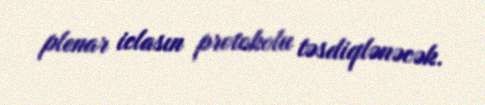
plenar iclasın protokolu təsdiqlənəcək.